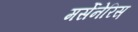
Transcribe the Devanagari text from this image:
मर्सेनेरिस़